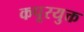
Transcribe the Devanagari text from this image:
कपूरयुक्त